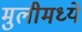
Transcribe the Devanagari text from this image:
मुलीमध्ये